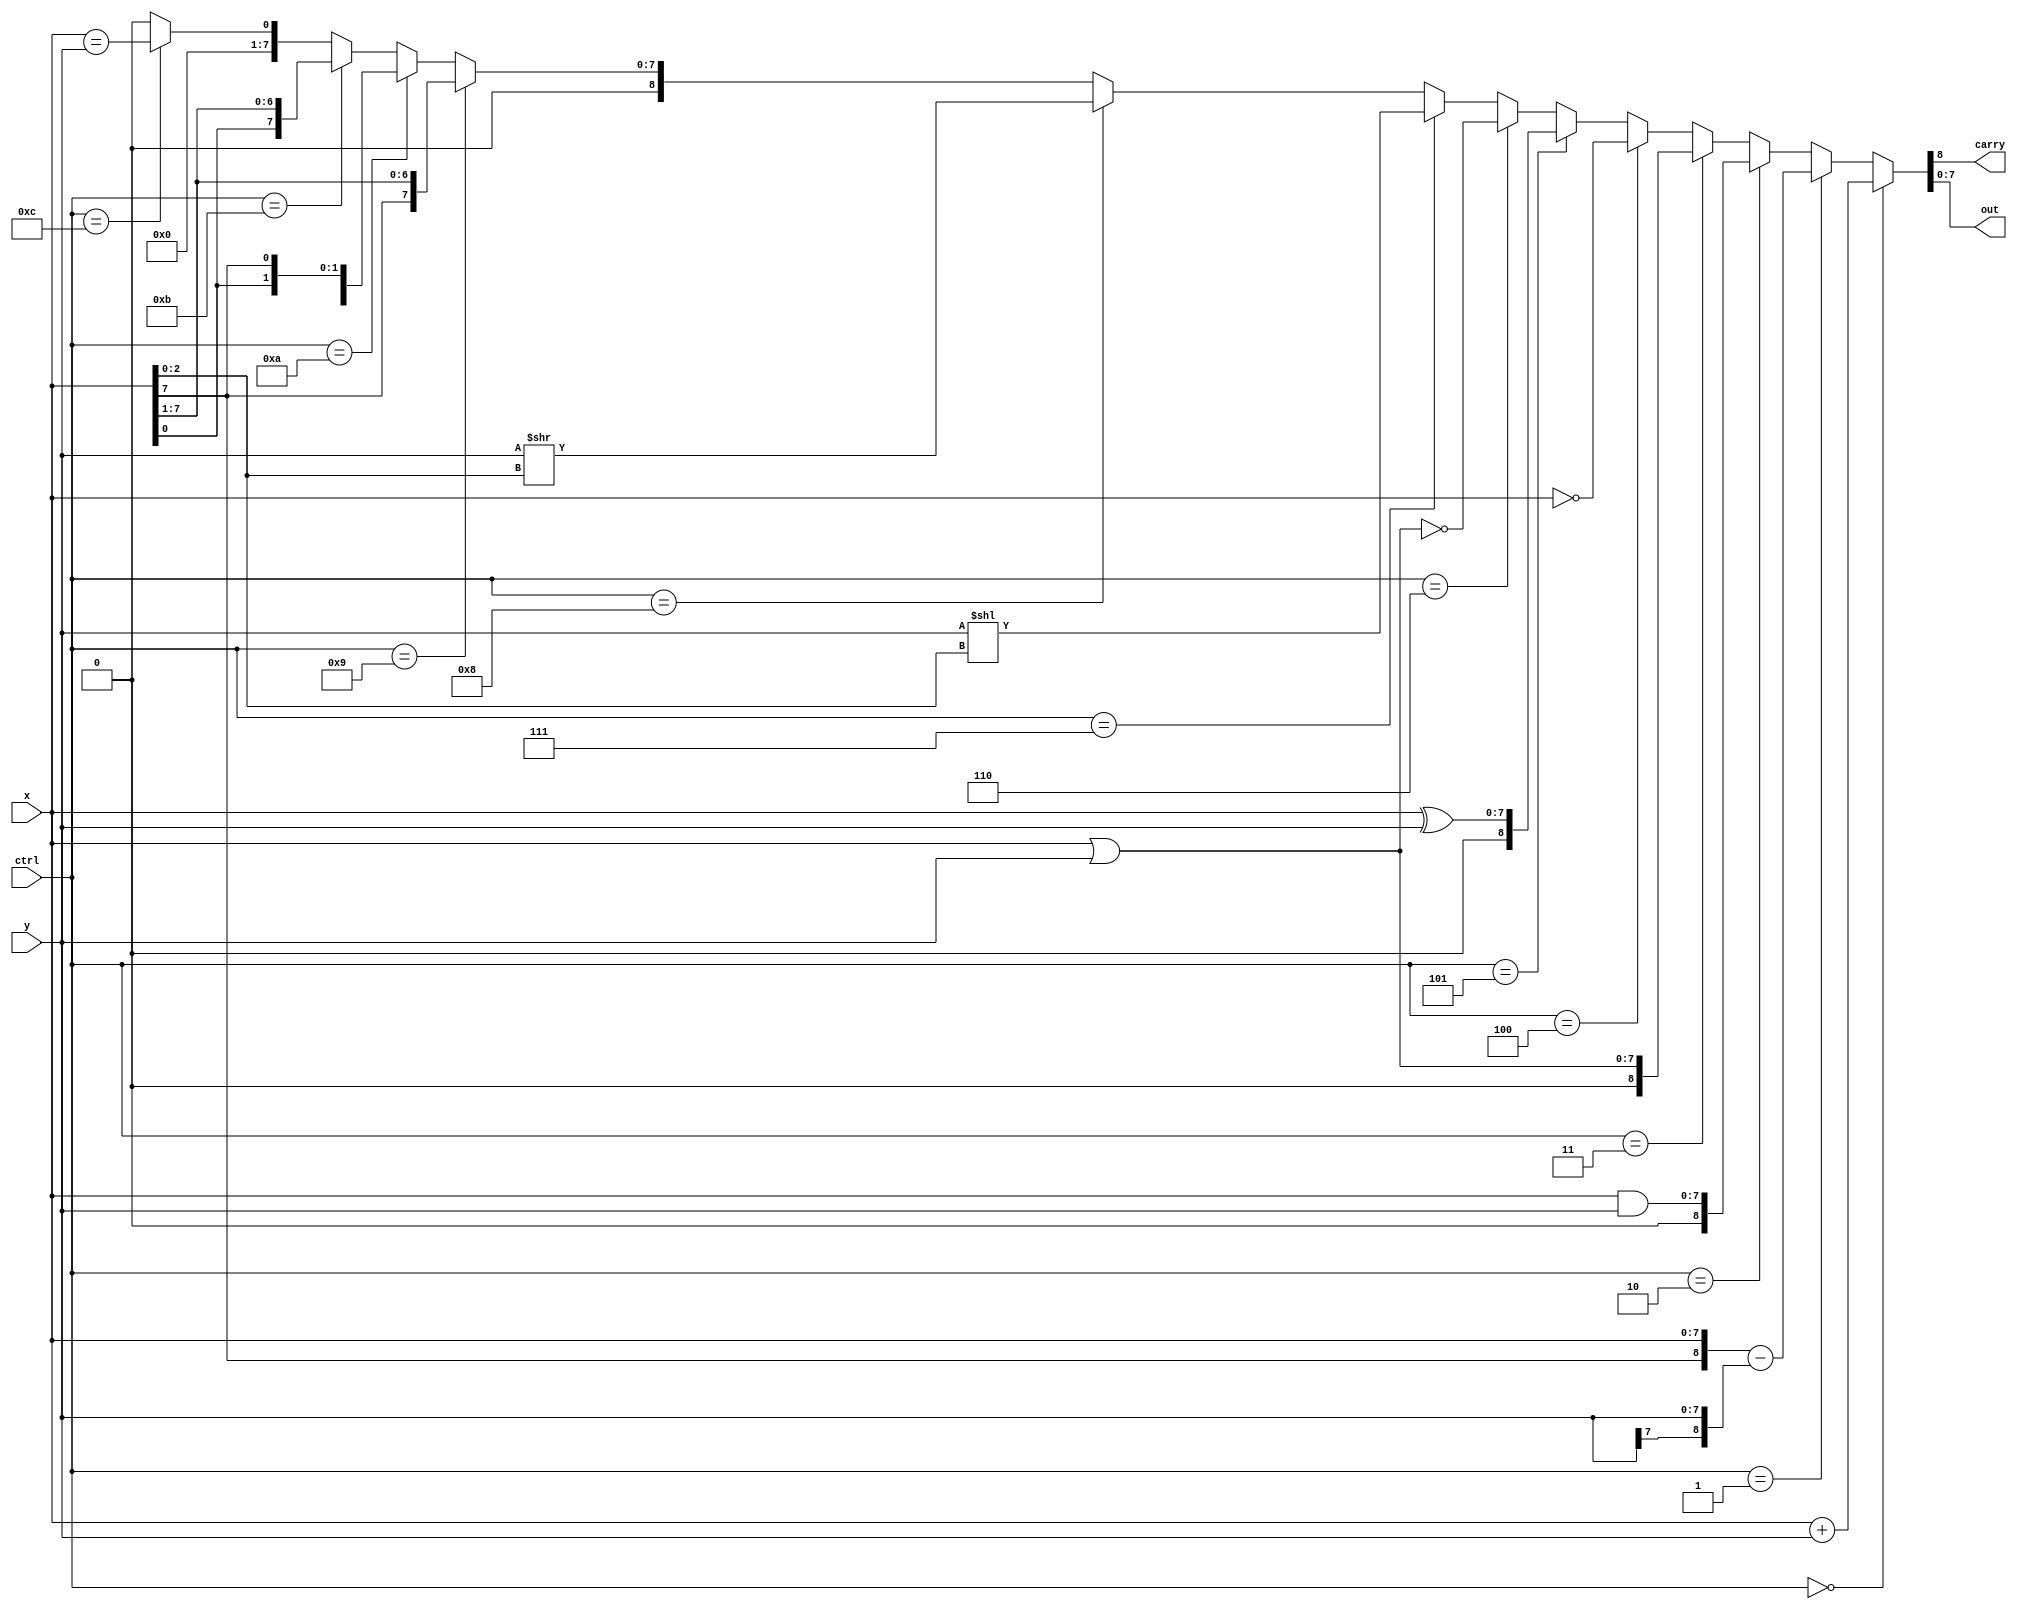
//RTL (use continuous assignment)
module alu_assign(
    ctrl,
    x,
    y,
    carry,
    out  
);
    
    input  [3:0] ctrl;
    input  [7:0] x;
    input  [7:0] y;
    output		 carry;
    output [7:0] out;
    
    assign {carry, out} = (ctrl == 4'b0000) ? x + y :
    					  (ctrl == 4'b0001) ? {x[7], x} - {y[7], y} :
    					  (ctrl == 4'b0010) ? x & y :
    					  (ctrl == 4'b0011) ? x | y :
    					  (ctrl == 4'b0100) ? ~x :
    					  (ctrl == 4'b0101) ? x ^ y :
    					  (ctrl == 4'b0110) ? ~(x | y) :
    					  (ctrl == 4'b0111) ? y << x[2:0] :
    					  (ctrl == 4'b1000) ? y >> x[2:0] :
    					  (ctrl == 4'b1001) ? {x[7], x[7:1]} :
    					  (ctrl == 4'b1010) ? {x[6:0], x[7]} :
    					  (ctrl == 4'b1011) ? {x[0], x[7:1]} :
    					  (ctrl == 4'b1100) ? (x == y) : 9'b0;

endmodule